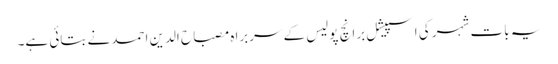
یہ بات شہر کی اسپیشل برانچ پولیس کے سربراہ مصباح الدین احمد نے بتائی ہے۔